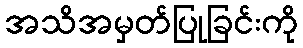
အသိအမှတ်ပြုခြင်းကို